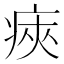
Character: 㾜